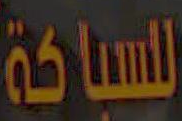
للسباكة